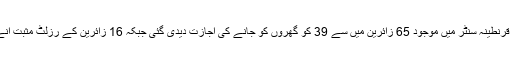
شیعہ علماء کونسل کی کوششیں رنگ لے آئیں، لاہور کے قذافی سٹیڈیم قرنطینہ سنٹر میں موجود 65 زائرین میں سے 39 کو گھروں کو جانے کی اجازت دیدی گئی جبکہ 16 زائرین کے رزلٹ مثبت آنے پر انہیں ایکسپو سنٹر میں قائم خصوصی ہسپتال میں بھیج دیا گیا ہے۔